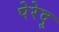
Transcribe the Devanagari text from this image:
पेरेदु